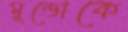
মুন্ডোকে